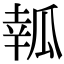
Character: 瓡